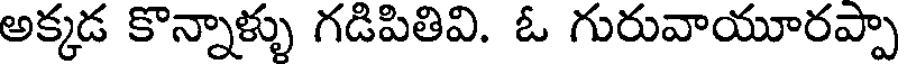
అక్కడ కొన్నాళ్ళు గడిపితివి. ఓ గురువాయూరప్పా